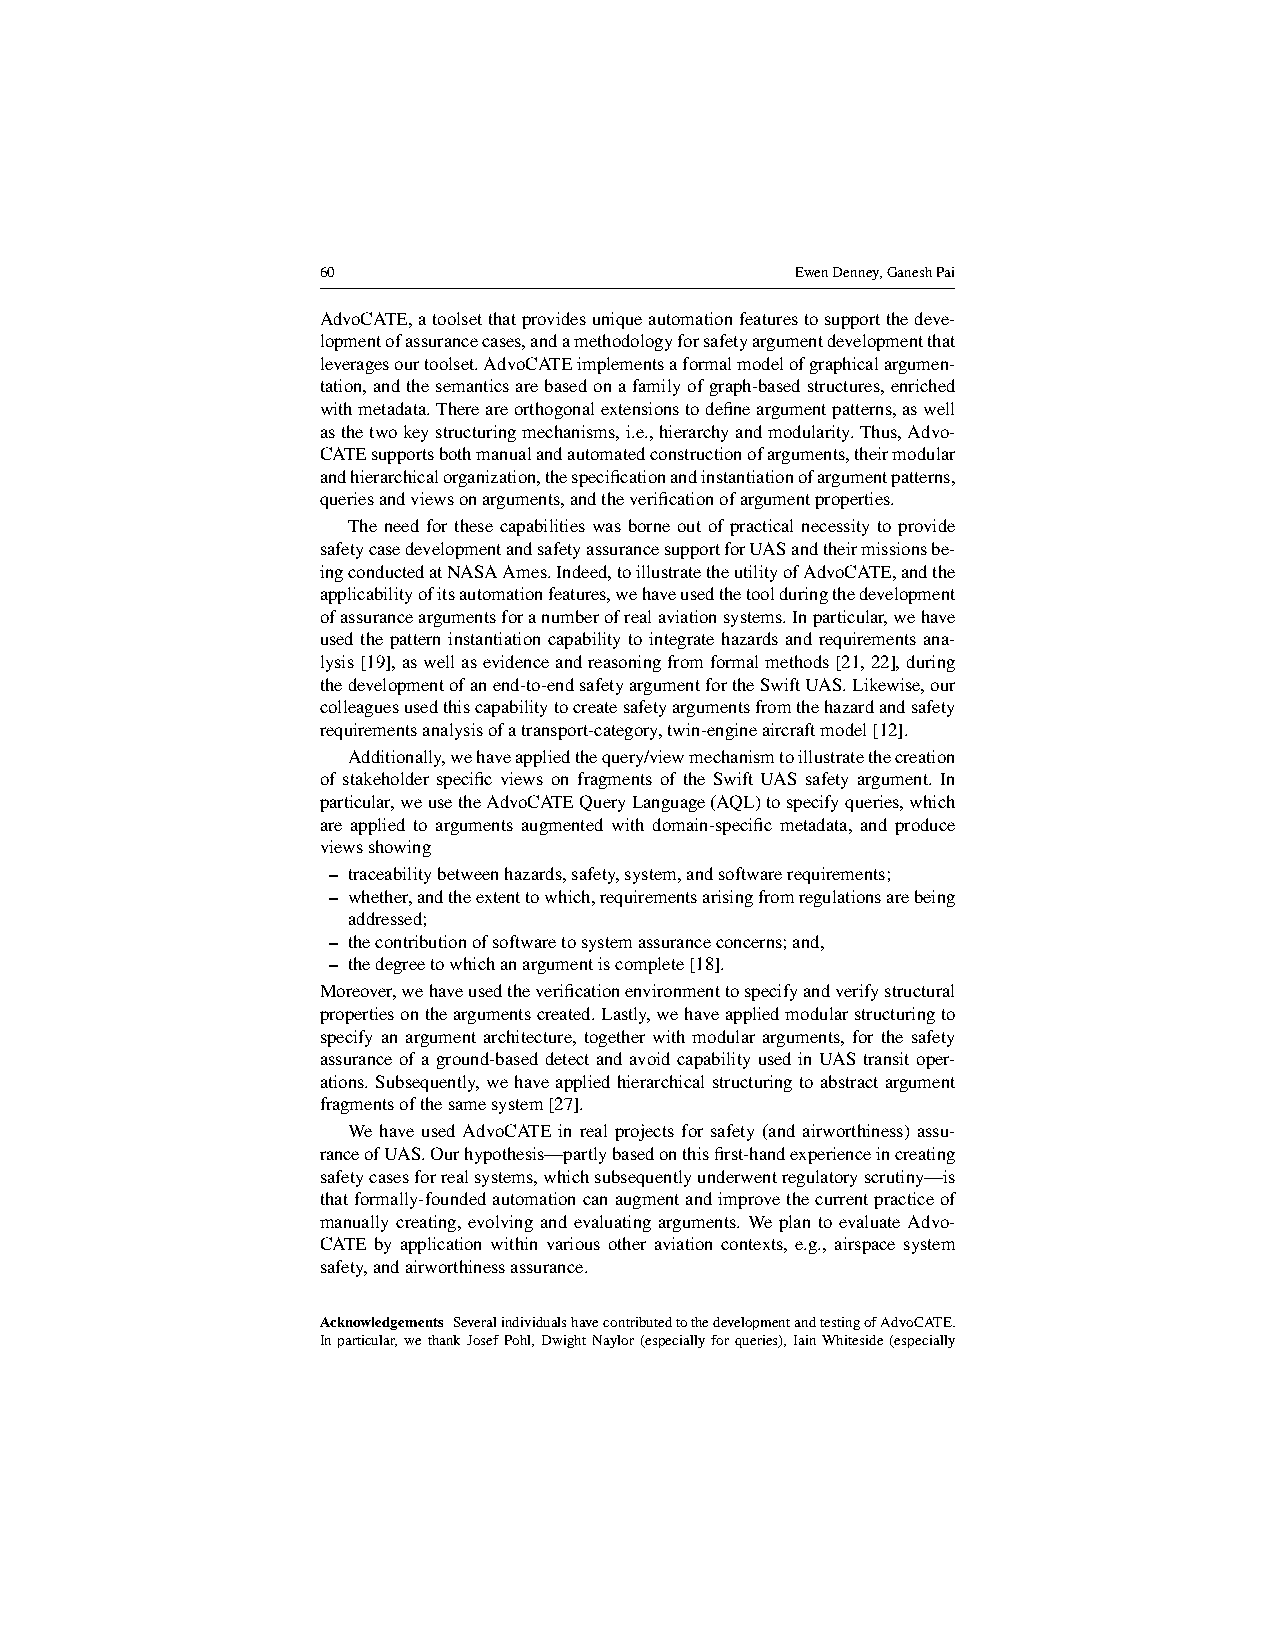
60                              EwenDenney,GaneshPai
 AdvoCATE,atoolsetthatprovidesuniqueautomationfeaturestosupportthedeve-
 lopmentofassurancecases,andamethodologyforsafetyargumentdevelopmentthat
 leveragesourtoolset.AdvoCATEimplementsaformalmodelofgraphicalargumen-
 tation,andthesemanticsarebasedonafamilyofgraph-basedstructures,enriched
 withmetadata.Thereareorthogonalextensionstodefineargumentpatterns,aswell
 asthetwokeystructuringmechanisms,i.e.,hierarchyandmodularity.Thus,Advo-
 CATEsupportsbothmanualandautomatedconstructionofarguments,theirmodular
 andhierarchicalorganization,thespecificationandinstantiationofargumentpatterns,
 queriesandviewsonarguments,andtheverificationofargumentproperties.
 The need for these capabilities was borne out of practical necessity to provide
 safetycasedevelopmentandsafetyassurancesupportforUASandtheirmissionsbe-
 ingconductedatNASAAmes.Indeed,toillustratetheutilityofAdvoCATE,andthe
 applicabilityofitsautomationfeatures,wehaveusedthetoolduringthedevelopment
 ofassuranceargumentsforanumberofrealaviationsystems.Inparticular,wehave
 used the pattern instantiation capability to integrate hazards and requirements ana-
 lysis[19],aswellasevidenceandreasoningfromformalmethods[21,22],during
 thedevelopmentofanend-to-endsafetyargumentfortheSwiftUAS.Likewise,our
 colleaguesusedthiscapabilitytocreatesafetyargumentsfromthehazardandsafety
 requirementsanalysisofatransport-category,twin-engineaircraftmodel[12].
 Additionally,wehaveappliedthequery/viewmechanismtoillustratethecreation
 of stakeholder specific views on fragments of the Swift UAS safety argument. In
 particular,weusetheAdvoCATEQueryLanguage(AQL)tospecifyqueries,which
 are applied to arguments augmented with domain-specific metadata, and produce
 viewsshowing
 – traceabilitybetweenhazards,safety,system,andsoftwarerequirements;
 – whether,andtheextenttowhich,requirementsarisingfromregulationsarebeing
 addressed;
 – thecontributionofsoftwaretosystemassuranceconcerns;and,
 – thedegreetowhichanargumentiscomplete[18].
 Moreover,wehaveusedtheverificationenvironmenttospecifyandverifystructural
 propertiesontheargumentscreated.Lastly,wehaveappliedmodularstructuringto
 specify an argument architecture, together with modular arguments, for the safety
 assurance of a ground-based detect and avoid capability used in UAS transit oper-
 ations.Subsequently,wehaveappliedhierarchicalstructuringtoabstractargument
 fragmentsofthesamesystem[27].
 We have used AdvoCATE in real projects for safety (and airworthiness) assu-
 ranceofUAS.Ourhypothesis—partlybasedonthisfirst-handexperienceincreating
 safetycasesforrealsystems,whichsubsequentlyunderwentregulatoryscrutiny—is
 thatformally-foundedautomationcanaugmentandimprovethecurrentpracticeof
 manually creating, evolving and evaluating arguments. We plan to evaluate Advo-
 CATE by application within various other aviation contexts, e.g., airspace system
 safety,andairworthinessassurance.
 Acknowledgements SeveralindividualshavecontributedtothedevelopmentandtestingofAdvoCATE.
 Inparticular,wethankJosefPohl,DwightNaylor(especiallyforqueries),IainWhiteside(especially